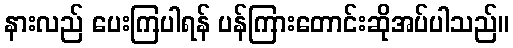
နားလည် ပေးကြပါရန် ပန်ကြားတောင်းဆိုအပ်ပါသည်။